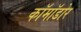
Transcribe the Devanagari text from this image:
कॉमॉडोर